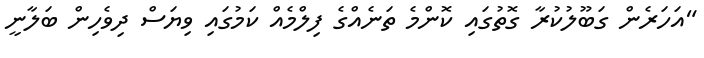
"އަހަރެން ގަބޫލުކުރާ ގޮތުގައި ކޮންމެ ތަނެއްގެ ފިލްމެއް ކަމުގައި ވިޔަސް ދިވެހިން ބަލާނީ